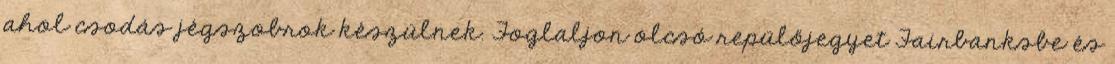
ahol csodás jégszobrok készülnek. Foglaljon olcsó repülőjegyet Fairbanksbe és